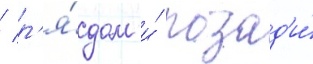
/ р'я́дом и́ позад'и́